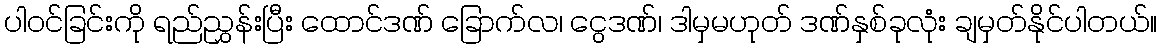
ပါဝင်ခြင်းကို ရည်ညွှန်းပြီး ထောင်ဒဏ် ခြောက်လ၊ ငွေဒဏ်၊ ဒါမှမဟုတ် ဒဏ်နှစ်ခုလုံး ချမှတ်နိုင်ပါတယ်။